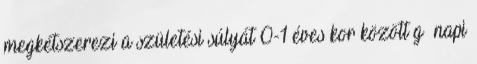
megkétszerezi a születési súlyát 0-1 éves kor között g napi